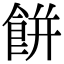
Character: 餅